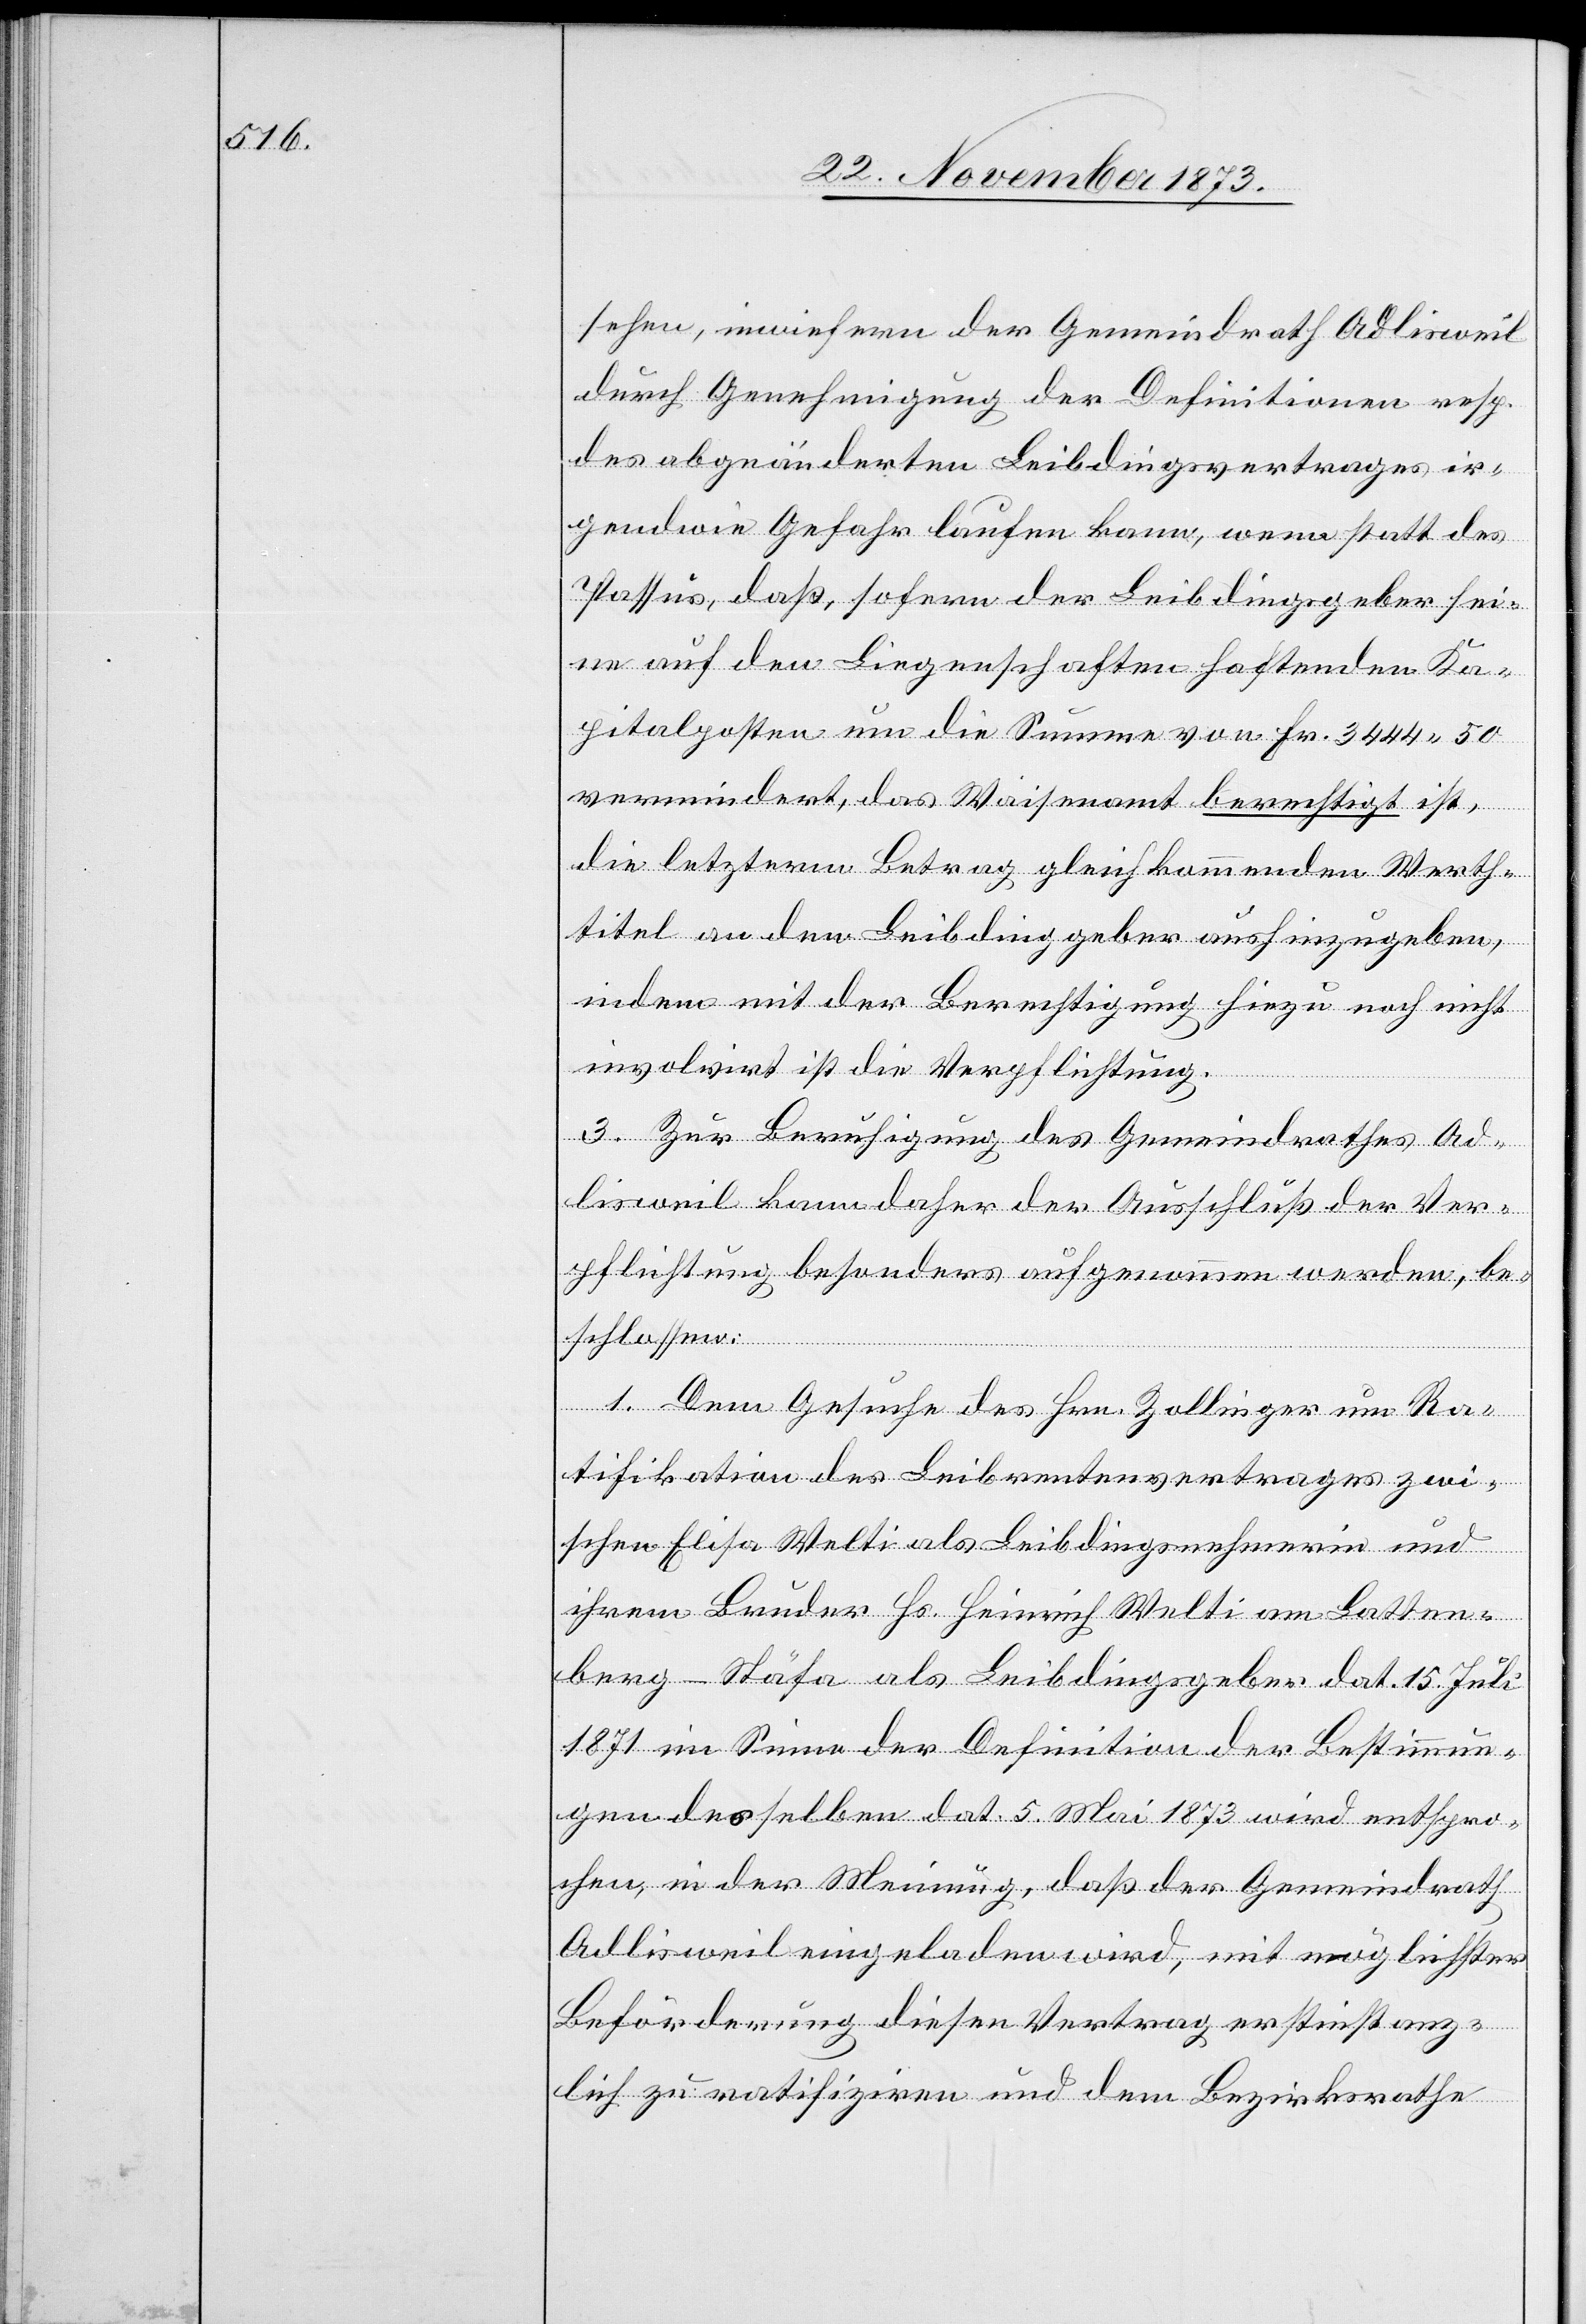
sehen, inwiefern der Gemeindrath Adlisweil
durch Genehmigung der Definitionen resp.
des abgeänderten Leibdingsvertrages ir¬
gendwie Gefahr laufen kann, wenn statt des
Passus, daß, sofern der Leibdingsgeber sei¬
ne auf den Liegenschaften haftenden Ka¬
pitalposten um die Summe von Fr. 3444 50
vermindert, das Waisenamt berechtigt ist,
die letzterm Betrag gleichkommenden Werth¬
titel an den Leibdinggeber aushinzugeben,
indem mit der Berechtigung hiezu noch nicht
involvirt ist die Verpflichtung.
3. Zur Beruhigung des Gemeindrathes Ad¬
lisweil kann daher der Ausschluß der Ver¬
pflichtung besonders aufgenommen werden, be¬
schlossen:
1. Dem Gesuche des Hrn. Zollinger um Ra¬
tifikation des Leibrentenvertrages zwi¬
schen Elisa Welti als Leibdingsnehmerin und
ihrem Bruder Hs. Heinrich Welti am Latten¬
berg - Stäfa als Leibdingsgeber dat. 15. Juli
1871 im Sinne der Definition der Bestimmun¬
gen desselben dat. 5. Mai 1873 wird entspro¬
chen, in der Meinung, daß der Gemeindrath
Adlisweil eingeladen wird, mit möglichster
Beförderung diesen Vertrag erstinstanz¬
lich zu ratifiziren und dem Bezirksrathe